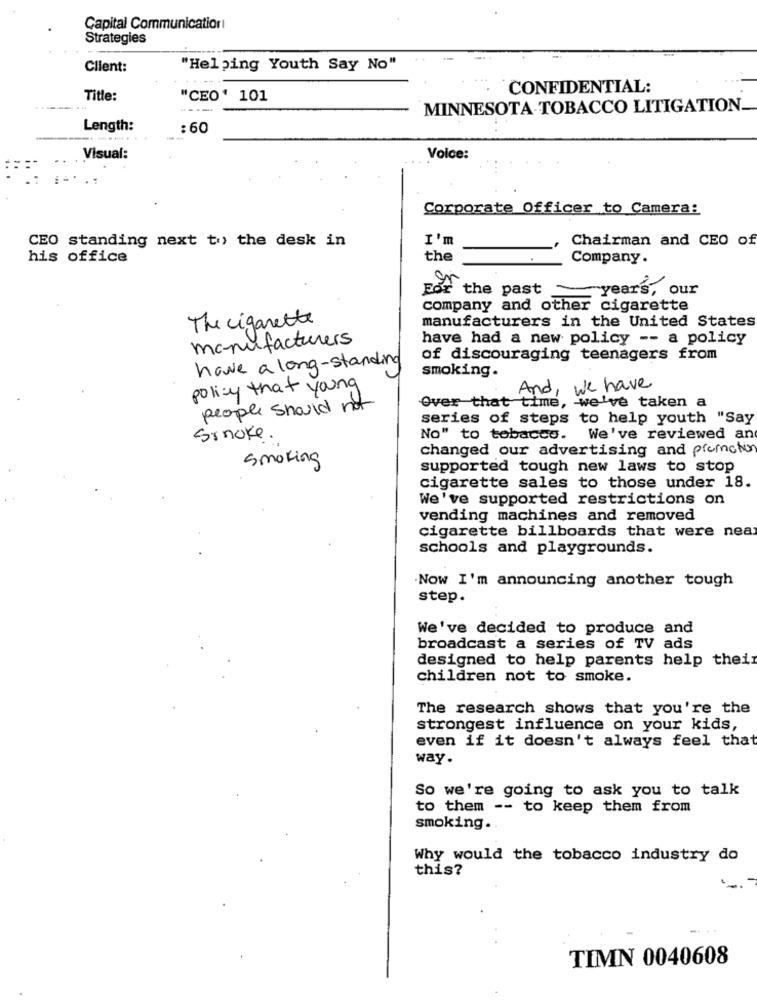
Capital Communicatiori
Strategies
Client:
"Helping Youth Say No"
CONFIDENTIAL:
Title:
"CEO' 101
---
MINNESOTA TOBACCO LITIGATION.
Length:
: 60
Visual:
Voice:
.....
Corporate Officer to Camera:
CEO standing next to the desk in
I'm
Chairman and CEO of
his office
the
Company.
For the past
-years, our
company and other cigarette
The cigarette
manufacturers in the United States
manufacturers
have had a new policy -- a policy
have a long-standing
of discouraging teenagers from
smoking.
policy that young
And, we have
people should not
Over that time, we've taken a
series of steps to help youth "Say
Sonoke.
No" to tobacco.
We've reviewed an
changed our advertising and promotion
Smoking
supported tough new laws to stop
cigarette sales to those under 18.
We've supported restrictions on
vending machines and removed
cigarette billboards that were nea
schools and playgrounds.
Now I'm announcing another tough
step.
We've decided to produce and
broadcast a series of TV ads
designed to help parents help their
children not to smoke.
The research shows that you're the
strongest influence on your kids,
even if it doesn't always feel that
way
So we're going to ask you to talk
to them -- to keep them from
smoking.
Why would the tobacco industry do
this?
TIMN 0040608